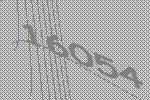
16054